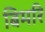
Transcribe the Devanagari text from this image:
बिमरि